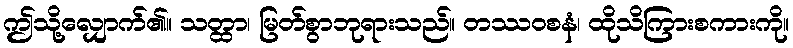
ဤသို့လျှောက်၏။ သတ္ထာ၊ မြတ်စွာဘုရားသည်။ တဿဝစနံ၊ ထိုသိကြားစကားကို။